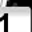
Digit: 1